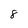
Character: 8